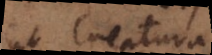
ut creatura